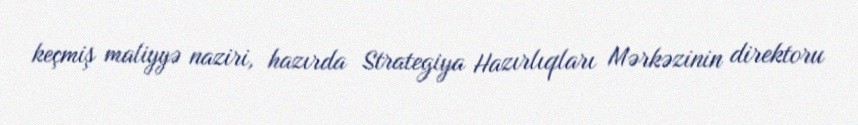
keçmiş maliyyə naziri, hazırda Strategiya Hazırlıqları Mərkəzinin direktoru